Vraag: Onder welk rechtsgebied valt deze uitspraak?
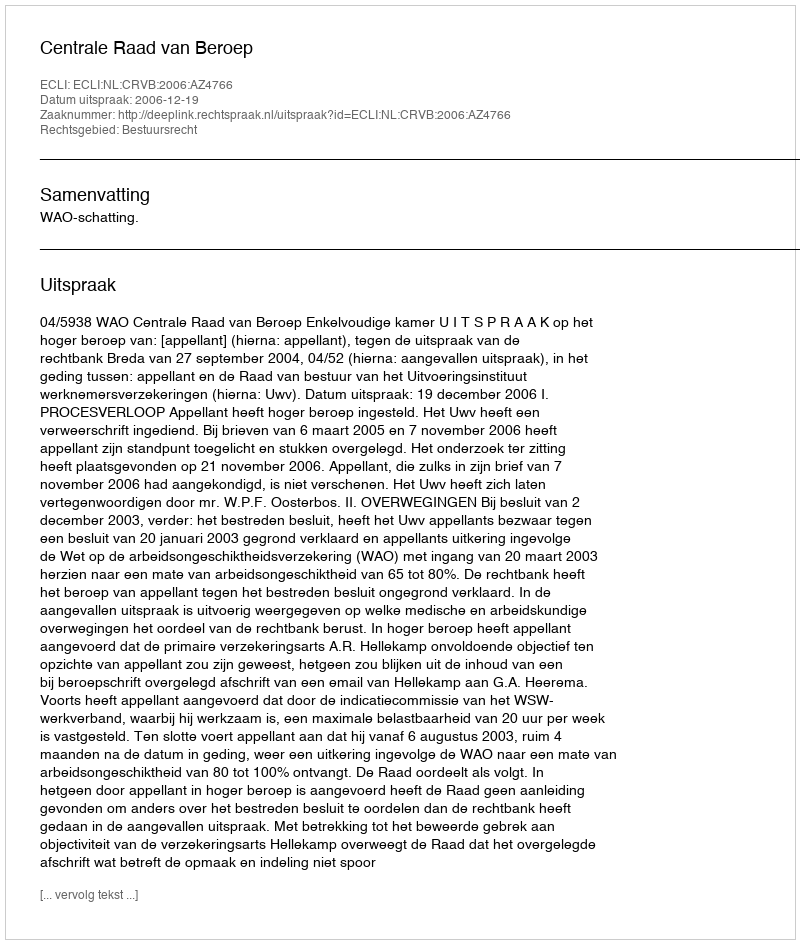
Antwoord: Bestuursrecht